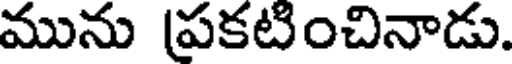
మును ప్రకటించినాడు.